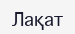
Лақат